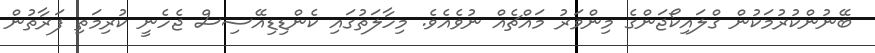
ބޭނުންކުރުމަކުން ގްލައިކޯޖަންގެ މިންވަރު މައްޗެއް ނުވެއެވެ. މިހާލަތުގައި ކެންޑިޑިއޭސިސް ޖެހެނީ ކުރިމަތި ފަރާތުން